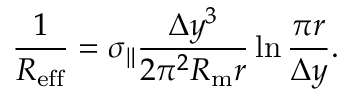
\frac { 1 } { R _ { \mathrm { e f f } } } = \sigma _ { \| } \frac { \Delta y ^ { 3 } } { 2 \pi ^ { 2 } R _ { \mathrm { m } } r } \ln { \frac { \pi r } { \Delta y } } .